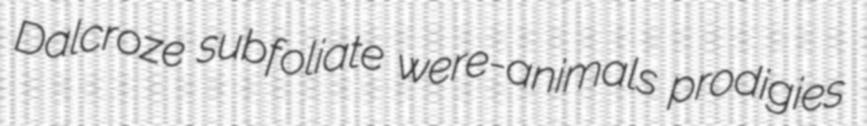
Dalcroze subfoliate were-animals prodigies